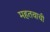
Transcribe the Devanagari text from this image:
महतवाची